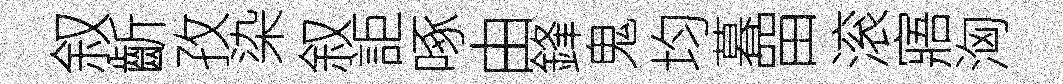
叙齗孜染叙詎啄由鋒鬼均暮㽞滚寤洶